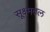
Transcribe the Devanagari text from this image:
सूक्ष्मतल